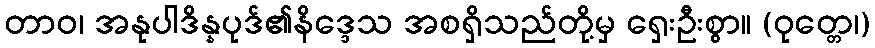
တာဝ၊ အနုပါဒိန္နပုဒ်၏နိဒ္ဒေသ အစရှိသည်တို့မှ ရှေးဦးစွာ။ (ဝုတ္တေ၊)